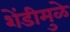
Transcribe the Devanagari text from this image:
शेंडीमुळे